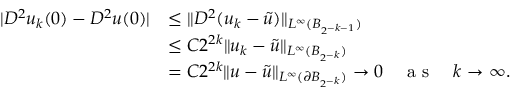
\begin{array} { r l } { | D ^ { 2 } u _ { k } ( 0 ) - D ^ { 2 } u ( 0 ) | } & { \le \| D ^ { 2 } ( u _ { k } - \tilde { u } ) \| _ { L ^ { \infty } ( B _ { 2 ^ { - k - 1 } } ) } } \\ & { \le C 2 ^ { 2 k } \| u _ { k } - \tilde { u } \| _ { L ^ { \infty } ( B _ { 2 ^ { - k } } ) } } \\ & { = C 2 ^ { 2 k } \| u - \tilde { u } \| _ { L ^ { \infty } ( \partial B _ { 2 ^ { - k } } ) } \to 0 \quad \textrm { a s } \quad k \to \infty . } \end{array}